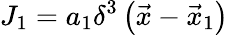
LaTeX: J_{1}=a_{1}\delta^{3}\left({\vec{x}}-{\vec{x}}_{1}\right)